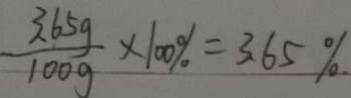
\frac { 3 . 6 5 g } { 1 0 0 g } \times 1 0 0 \% = 3 . 6 5 \%